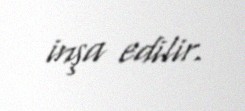
inşa edilir.